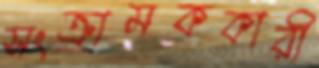
সংক্রামককারী